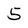
Character: 5